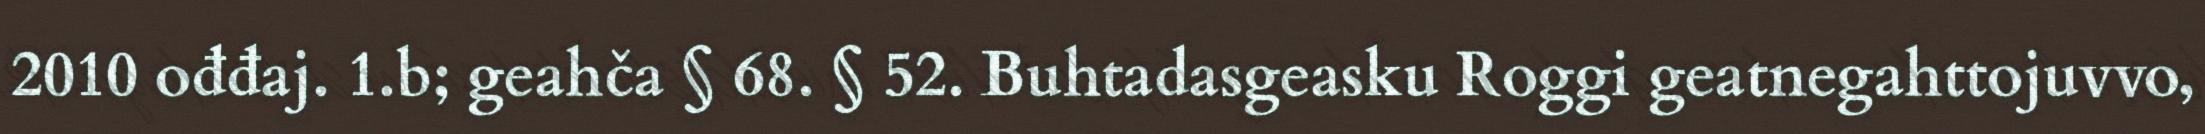
2010 ođđaj. 1.b; geahča § 68. § 52. Buhtadasgeasku Roggi geatnegahttojuvvo,